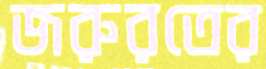
জরুরতের